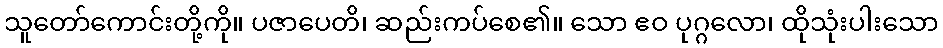
သူတော်ကောင်းတို့ကို။ ပဇာပေတိ၊ ဆည်းကပ်စေ၏။ သော ဧဝ ပုဂ္ဂလော၊ ထိုသုံးပါးသော